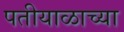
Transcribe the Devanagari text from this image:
पतीयाळाच्या